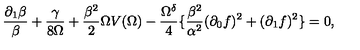
\frac { \partial _ { 1 } \beta } { \beta } + \frac { \gamma } { 8 \Omega } + \frac { \beta ^ { 2 } } { 2 } \Omega V ( \Omega ) - \frac { \Omega ^ { \delta } } { 4 } \{ \frac { \beta ^ { 2 } } { \alpha ^ { 2 } } ( \partial _ { 0 } f ) ^ { 2 } + ( \partial _ { 1 } f ) ^ { 2 } \} = 0 ,